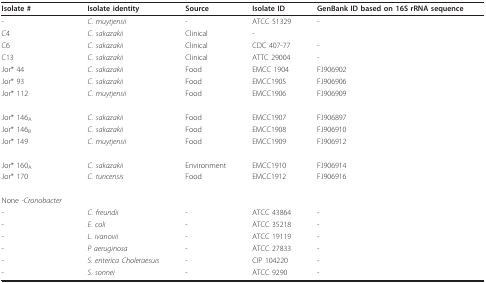
<table><thead><tr><td><b>Isolate #</b></td><td><b>Isolate identity</b></td><td><b>Source</b></td><td><b>Isolate ID</b></td><td><b>GenBank ID based on 16S rRNA sequence</b></td></tr></thead><tbody><tr><td>-</td><td><i>C. muytjensii</i></td><td>-</td><td>ATCC 51329</td><td>-</td></tr><tr><td>C4</td><td><i>C. sakazakii</i></td><td>Clinical</td><td>-</td><td></td></tr><tr><td>C6</td><td><i>C. sakazakii</i></td><td>Clinical</td><td>CDC 407-77</td><td>-</td></tr><tr><td>C13</td><td><i>C. sakazakii</i></td><td>Clinical</td><td>ATTC 29004</td><td>-</td></tr><tr><td>Jor* 44</td><td><i>C. sakazakii</i></td><td>Food</td><td>EMCC 1904</td><td>FJ906902</td></tr><tr><td>Jor* 93</td><td><i>C. sakazakii</i></td><td>Food</td><td>EMCC1905</td><td>FJ906906</td></tr><tr><td>Jor* 112</td><td><i>C. muytjensii</i></td><td>Food</td><td>EMCC1906</td><td>FJ906909</td></tr><tr><td>Jor* 146<sub>A</sub></td><td><i>C. sakazakii</i></td><td>Food</td><td>EMCC1907</td><td>FJ906897</td></tr><tr><td>Jor* 146<sub>B</sub></td><td><i>C. sakazakii</i></td><td>Food</td><td>EMCC1908</td><td>FJ906910</td></tr><tr><td>Jor* 149</td><td><i>C. muytjensii</i></td><td>Food</td><td>EMCC1909</td><td>FJ906912</td></tr><tr><td>Jor* 160<sub>A</sub></td><td><i>C. sakazakii</i></td><td>Environment</td><td>EMCC1910</td><td>FJ906914</td></tr><tr><td>Jor* 170</td><td><i>C. turicensis</i></td><td>Food</td><td>EMCC1912</td><td>FJ906916</td></tr><tr><td>None -<i>Cronobacter</i></td><td></td><td></td><td></td><td></td></tr><tr><td>-</td><td><i>C. freundii</i></td><td>-</td><td>ATCC 43864</td><td>-</td></tr><tr><td>-</td><td><i>E. coli</i></td><td>-</td><td>ATCC 35218</td><td>-</td></tr><tr><td>-</td><td><i>L. ivanovii</i></td><td>-</td><td>ATCC 19119</td><td>-</td></tr><tr><td>-</td><td><i>P aeruginosa</i></td><td>-</td><td>ATCC 27833</td><td>-</td></tr><tr><td>-</td><td><i>S. enterica Choleraesuis</i></td><td>-</td><td>CIP 104220</td><td>-</td></tr><tr><td>-</td><td><i>S. sonnei</i></td><td>-</td><td>ATCC 9290</td><td>-</td></tr></tbody></table>